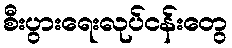
စီးပွားရေးလုပ်ငန်းတွေ